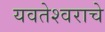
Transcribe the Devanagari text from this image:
यवतेश्वराचे